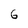
Character: 6